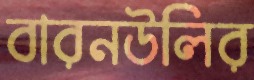
বারনউলির